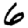
Digit: 6